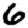
Digit: 6